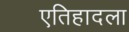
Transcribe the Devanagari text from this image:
एतिहादला